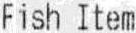
FISH ITEM